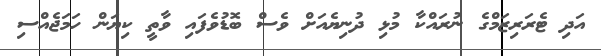
އަދި ޓެރަރިޒަމްގެ ނުރައްކާ މުޅި ދުނިޔެއަށް ވެސް ބޮޑުވެފައި ވާތީ ކިޔަން ހަމަޖެއްސި